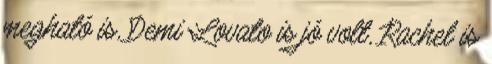
megható is, Demi Lovato is jó volt, Rachel is